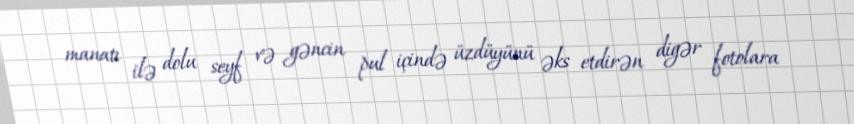
manatı ilə dolu seyf və gəncin pul içində üzdüyünü əks etdirən digər fotolara